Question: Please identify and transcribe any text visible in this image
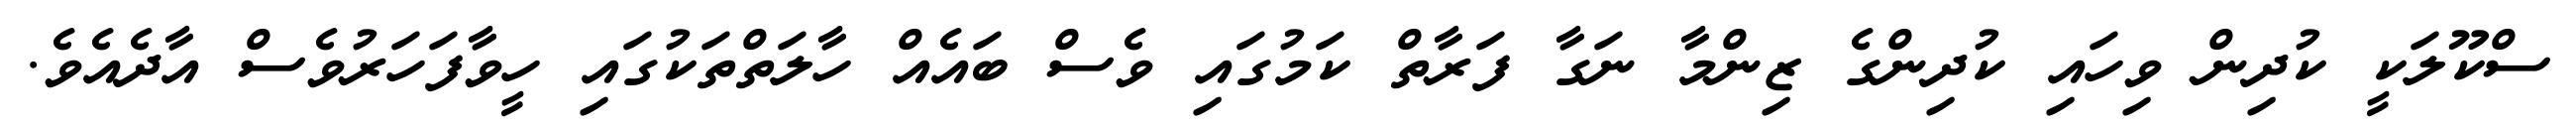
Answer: ސްކޫލަކީ ކުދިން ވިހައި ކުދިންގެ ޒިންމާ ނަގާ ފަރާތް ކަމުގައި ވެސް ބައެއް ހާލަތްތަކުގައި ހީވާފަހަރުވެސް އާދެއެވެ.